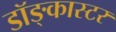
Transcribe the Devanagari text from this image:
डॉङ्कास्टर